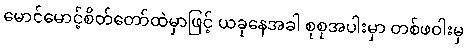
မောင်မောင့်စိတ်တော်ထဲမှာဖြင့် ယခုနေအခါ စုစုအပါးမှာ တစ်ဖဝါးမှ